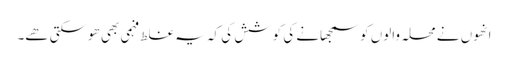
انھوں نے محلہ والوں کو سمجھانے کی کوشش کی کہ یہ غلط فہمی بھی ھوسکتی ھے۔